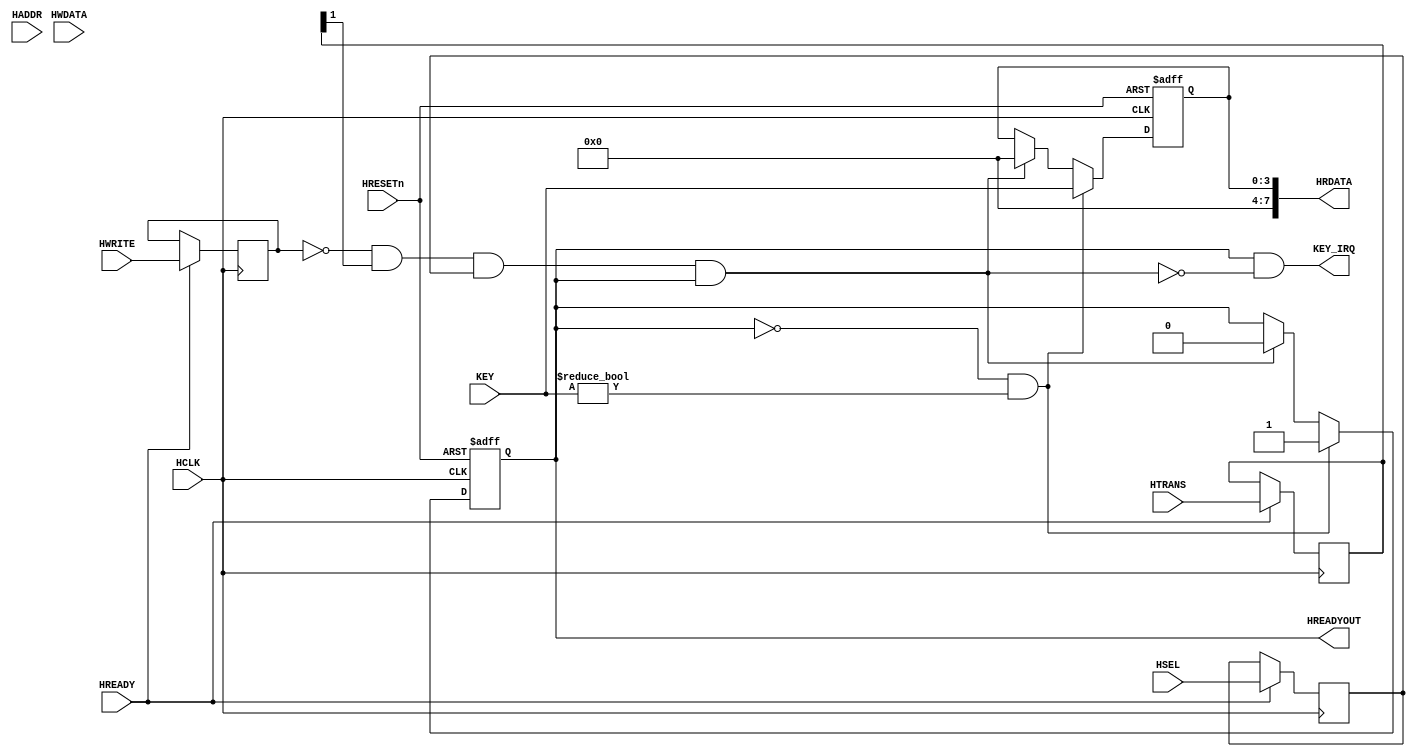
/******************************************************************************
*
*    Version:  1.0
*    Start Date:  Oct. 28, 2017
*    End   Date:  
*    Description:  main body of AHB2KEY.v
*    Dependencies:  
*    Company:  School of EEE, Dankook University
*    Designer: HyunJin Kim
*    Feature: AHB Lite interface for KEY
*
******************************************************************************/


module AHB2KEY(  
  input wire HCLK,
  input wire HRESETn,
  input wire [31:0] HADDR,
  input wire [31:0] HWDATA,
  input wire HWRITE,
  input wire [1:0] HTRANS,
  input wire HREADY,
  input wire HSEL,
  
  output wire HREADYOUT,
  output wire [31:0] HRDATA,
  output wire KEY_IRQ,
  
  input wire [3:0] KEY
    );
    
  reg last_HSEL;
  reg last_HWRITE;
  reg [1:0] last_HTRANS;
  
  always @(posedge HCLK)
  if(HREADY)
    begin
      last_HSEL <= HSEL;
      last_HWRITE <= HWRITE;
      last_HTRANS <= HTRANS;
    end
  
  wire       rd;             //read
  reg  [3:0] keyout;        //key output
  reg        key_pushed;    //key output
  
  // sequential part
  always @(posedge HCLK or negedge HRESETn)
  begin
	 if(!HRESETn)
   begin
     keyout <= 4'b0;
     key_pushed <= 1'b0;
   end
   else if ((key_pushed == 1'b0) && (KEY != 4'b0))
   begin
     keyout <= KEY;
     key_pushed <= 1'b1; 
   end
   else if (rd)
   begin
     keyout <= 4'b0;
     key_pushed <= 1'b0; 
   end
  end

  //Only read if not empty
  assign rd = ~last_HWRITE & last_HTRANS[1] & last_HSEL & key_pushed;  

  //If not pushed wait for pushed
  assign HREADYOUT = key_pushed;

  //Interrupt if something has been received but not if already trying to read
  assign KEY_IRQ = key_pushed & ~rd;

  //assign output
  assign HRDATA[7:0] = keyout;
  
endmodule